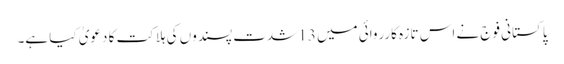
پاکستانی فوج نے اس تازہ کارروائی میں 13 شدت پسندوں کی ہلاکت کا دعویٰ کیا ہے۔